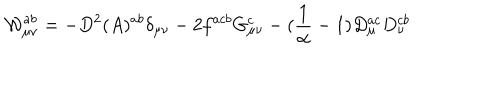
LaTeX: { \cal { W } } _ { \mu \nu } ^ { a b } = - D ^ { 2 } ( A ) ^ { a b } \delta _ { \mu \nu } - 2 f ^ { a c b } G _ { \mu \nu } ^ { c } - ( \frac { 1 } { \alpha } - 1 ) D _ { \mu } ^ { a c } D _ { \nu } ^ { c b }